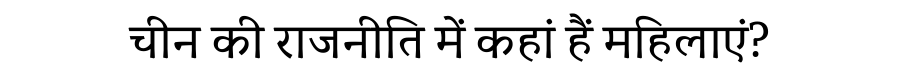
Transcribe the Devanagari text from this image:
चीन की राजनीति में कहां हैं महिलाएं?